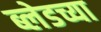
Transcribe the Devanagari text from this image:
ब्लेडच्या